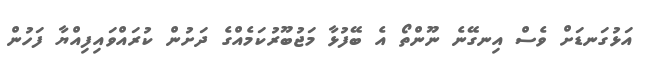
އަޅުގަނޑަށް ވެސް އިނގޭނެ ނޫންތޯ އެ ބޭފުޅާ މަޖުބޫރުކަމެއްގެ ދަށުން ކުރައްވައިފިއްޔާ ފަހުން